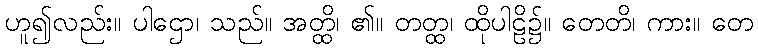
ဟူ၍လည်း။ ပါဌော၊ သည်။ အတ္ထိ၊ ၏။ တတ္ထ၊ ထိုပါဠိ၌။ တေတိ၊ ကား။ တေ